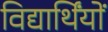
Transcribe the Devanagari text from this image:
विद्यार्थिंयों